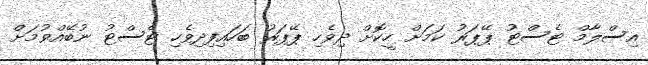
އިސްލާމް ޓެސްޓު ޕޭޕަރު ކަމަށް ހީކޮށް ދިވެހި ޕޭޕަރު ބަހައިފިދިވެހި ޓެސްޓު ނުބޭއްވުމަށް